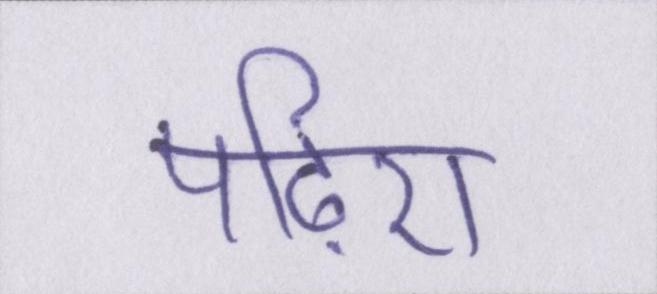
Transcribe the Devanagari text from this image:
पढ़िए